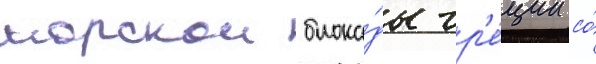
морскои блока́ды гр'е́ции со́